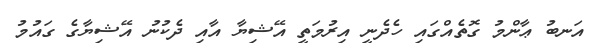
އަނބު ޢާންމު ގޮތެއްގައި ހެދެނީ އިރުމަތީ އޭޝިޔާ އާއި ދެކުނު އޭޝިޔާގެ ގައުމު